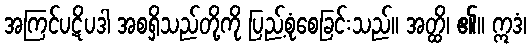
အကြင်ပဋိပဒါ အစရှိသည်တို့ကို ပြည့်စုံစေခြင်းသည်။ အတ္ထိ၊ ၏။ ဣဒံ၊